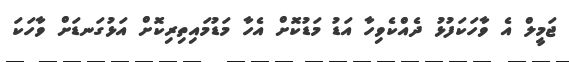
ޖަމީލް އެ ވާހަކަފުޅު ދެއްކެވިހާ އަޑު މަޑުކޮށް އެހާ މަޑުމައިތިރިކޮށް އަޅުގަނޑަށް ވާހަކަ